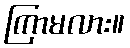
ကြာမလား။